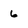
Character: 6